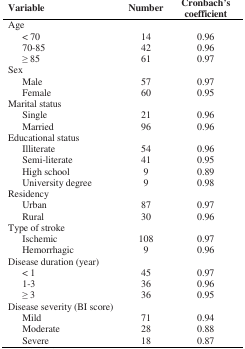
<table><thead><tr><td><b>Variable</b></td><td><b>Number</b></td><td><b>Cronbach’s coefficient</b></td></tr></thead><tbody><tr><td>Age</td><td>[EMPTY_CELL]</td><td>[EMPTY_CELL]</td></tr><tr><td>&lt; 70</td><td>14</td><td>0.96</td></tr><tr><td>70-85</td><td>42</td><td>0.96</td></tr><tr><td>≥ 85</td><td>61</td><td>0.97</td></tr><tr><td>Sex</td><td>[EMPTY_CELL]</td><td>[EMPTY_CELL]</td></tr><tr><td>Male</td><td>57</td><td>0.97</td></tr><tr><td>Female</td><td>60</td><td>0.95</td></tr><tr><td>Marital status</td><td>[EMPTY_CELL]</td><td>[EMPTY_CELL]</td></tr><tr><td>Single</td><td>21</td><td>0.96</td></tr><tr><td>Married</td><td>96</td><td>0.96</td></tr><tr><td>Educational status</td><td>[EMPTY_CELL]</td><td>[EMPTY_CELL]</td></tr><tr><td>Illiterate</td><td>54</td><td>0.96</td></tr><tr><td>Semi-literate</td><td>41</td><td>0.95</td></tr><tr><td>High school</td><td>9</td><td>0.89</td></tr><tr><td>University degree</td><td>9</td><td>0.98</td></tr><tr><td>Residency</td><td>[EMPTY_CELL]</td><td>[EMPTY_CELL]</td></tr><tr><td>Urban</td><td>87</td><td>0.97</td></tr><tr><td>Rural</td><td>30</td><td>0.96</td></tr><tr><td>Type of stroke</td><td>[EMPTY_CELL]</td><td>[EMPTY_CELL]</td></tr><tr><td>Ischemic</td><td>108</td><td>0.97</td></tr><tr><td>Hemorrhagic</td><td>9</td><td>0.96</td></tr><tr><td>Disease duration (year)</td><td>[EMPTY_CELL]</td><td>[EMPTY_CELL]</td></tr><tr><td>&lt; 1</td><td>45</td><td>0.97</td></tr><tr><td>1-3</td><td>36</td><td>0.96</td></tr><tr><td>≥ 3</td><td>36</td><td>0.95</td></tr><tr><td>Disease severity (BI score)</td><td>[EMPTY_CELL]</td><td>[EMPTY_CELL]</td></tr><tr><td>Mild</td><td>71</td><td>0.94</td></tr><tr><td>Moderate</td><td>28</td><td>0.88</td></tr><tr><td>Severe</td><td>18</td><td>0.87</td></tr></tbody></table>